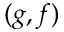
( g , f )